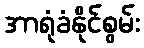
အာရုံခံနိုင်စွမ်း